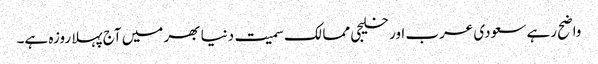
واضح رہے سعودی عرب اور خلیجی ممالک سمیت دنیا بھر میں آج پہلا روزہ ہے۔